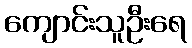
ကျောင်းသူဦးရေ